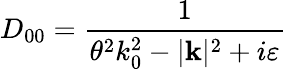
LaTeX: D_{00}=\frac{1}{\theta^{2}k_{0}^{2}-|\mathbf{k}|^{2}+i\varepsilon}